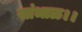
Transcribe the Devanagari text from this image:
सांभाळ।।